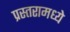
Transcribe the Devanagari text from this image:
प्रस्तरामध्ये